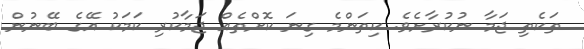
ތަކެތި ޖަމާ ނުކުރާށެވެ. ކިތަންމެ ގިނަ ކޮށްތެއް ޖަމާކުރި ކަމަކު އޭގެ ބޭނުން